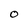
Character: O